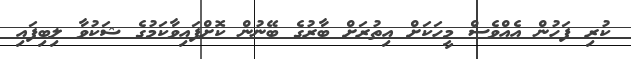
ކުރި ފަހުން އެއްވެސް މީހަކަށް އިތުރަށް ބާރުގެ ބޭނުން ކޮށްފައިވާކަމުގެ ޝަކުވާ ލިބިފައި